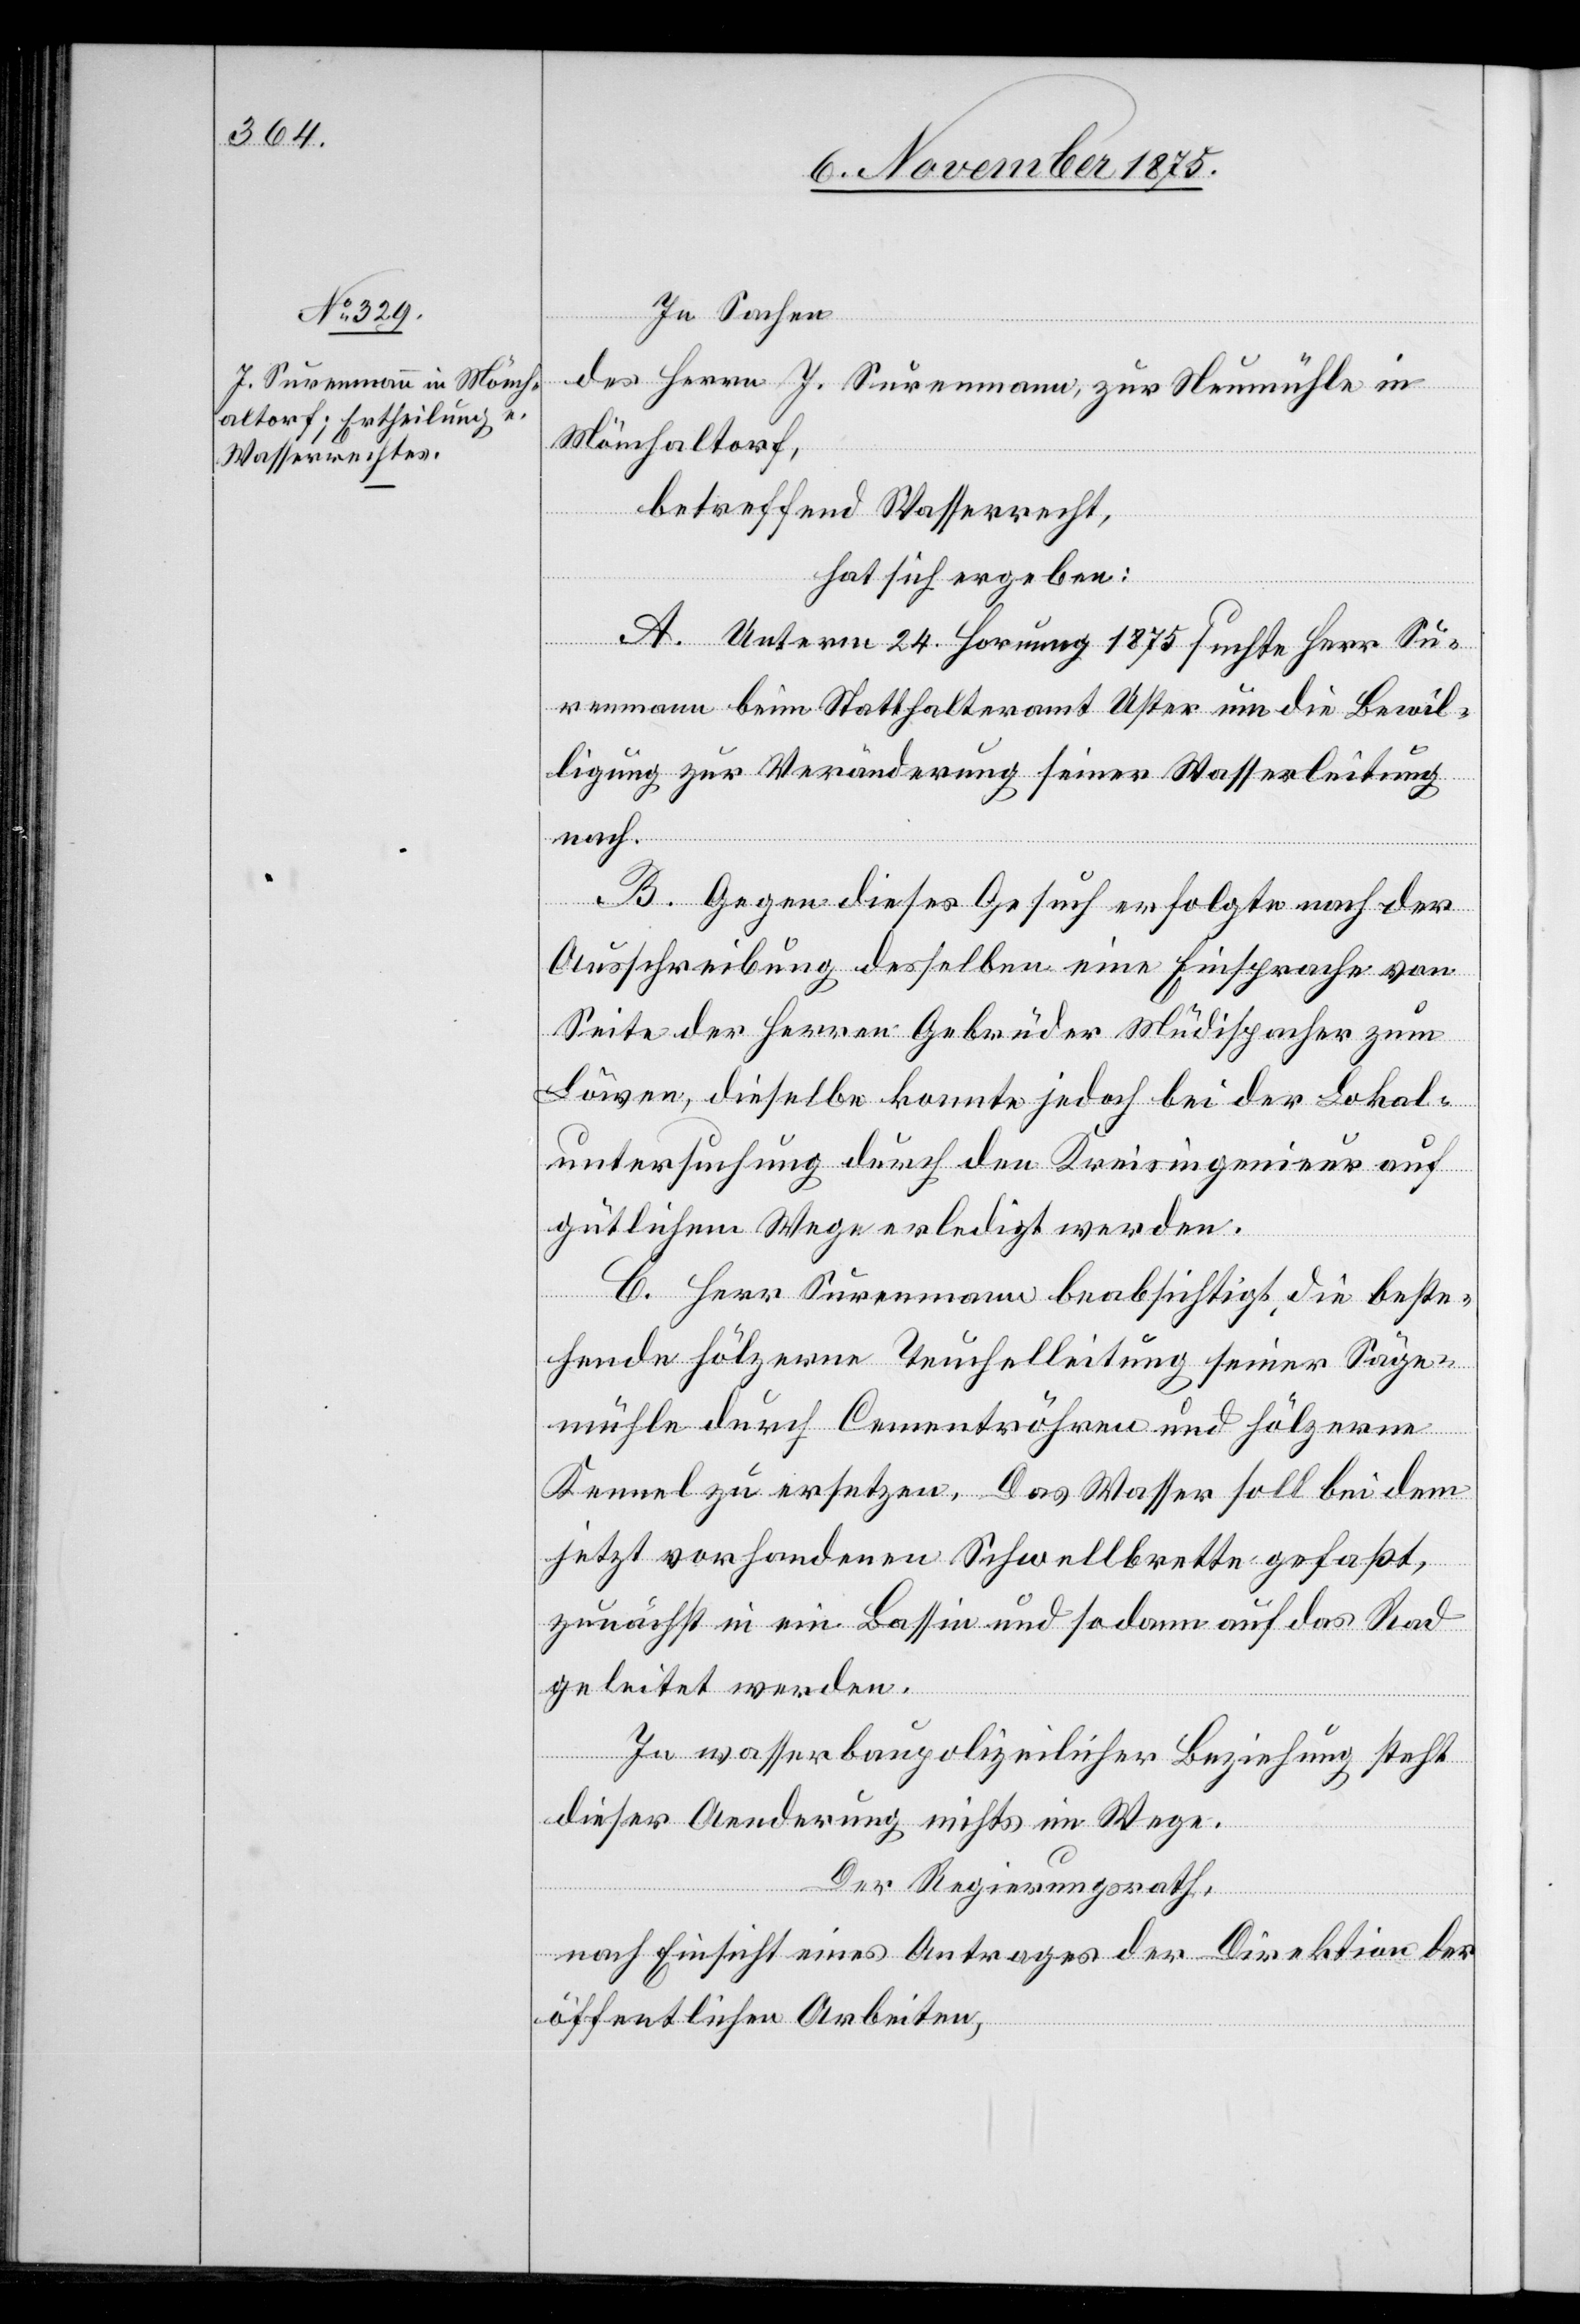
In Sachen
des Herrn J. Surenmann, zur Neumühle in
Mönchaltorf,
betreffend Wasserrecht,
hat sich ergeben:
A. Unterm 24. Hornung 1875 suchte Herr Su¬
renmann beim Statthalteramt Uster um die Bewil¬
ligung zur Veränderung seiner Wasserleitung
nach.
B. Gegen dieses Gesuch erfolgte nach der
Ausschreibung desselben eine Einsprache von
Seite der Herren Gebrüder Müdispacher zum
Löwen, dieselbe konnte jedoch bei der Lokal¬
untersuchung durch den Kreisingenieur auf
gütlichem Wege erledigt werden.
C. Herr Surenmann beabsichtigt, die beste¬
hende hölzerne Teuchelleitung seiner Säge¬
mühle durch Cementröhren und hölzerne
Kennel zu ersetzen. Das Wasser soll bei dem
jetzt vorhandenen Schwellbrette gefaßt,
zunächst in ein Bassin und sodann auf das Rad
geleitet werden.
In wasserbaupolizeilicher Beziehung steht
dieser Aenderung nichts im Wege.
Der Regierungsrath,
nach Einsicht eines Antrages der Direktion der
öffentlichen Arbeiten,